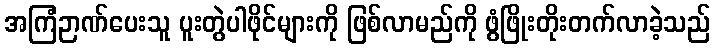
အကြံဉာဏ်ပေးသူ ပူးတွဲပါဖိုင်များကို ဖြစ်လာမည်ကို ဖွံဖြိုးတိုးတက်လာခဲ့သည်